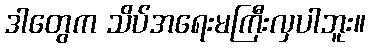
ဒါတွေက သိပ်အရေးမကြီးလှပါဘူး။